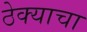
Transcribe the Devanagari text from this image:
ठेक्याचा